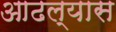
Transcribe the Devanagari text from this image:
आढल्यास